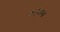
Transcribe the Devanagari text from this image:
अहंमन्य।